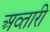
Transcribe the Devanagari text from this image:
अव्तारी